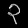
Digit: ၃